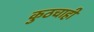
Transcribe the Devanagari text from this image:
कुठचाही